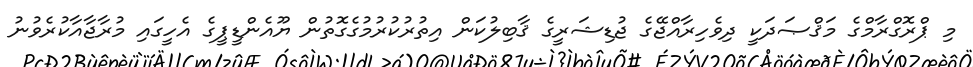
މި ޕްރޮގްރާމްގެ މަޤްޞަދަކީ ދިވެހިރާއްޖޭގެ ޖުޑިޝަރީގެ ޤާބިލުކަން އިތުރުކުރުމުގެގޮތުން ޔޫއެންޑީޕީގެ އެހީގައި މުރާޖާއާކުރެވުނު